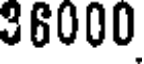
36000